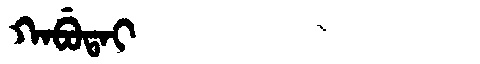
Manchu: ᡴᠠᠪᡠᡨᠠᡳ
Romanization: KABUTAI